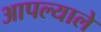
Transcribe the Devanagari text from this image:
आपल्याले